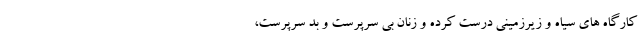
کارگاه های سیاه و زیرزمینی درست کرده و زنان بی سرپرست و بد سرپرست،